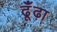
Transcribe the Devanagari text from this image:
ढूँंढ़ा